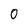
Character: 0